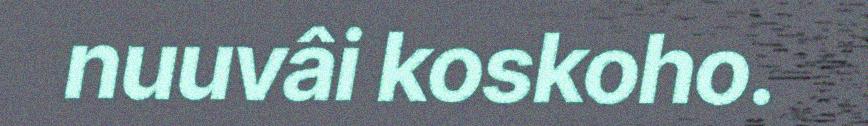
nuuvâi koskoho.